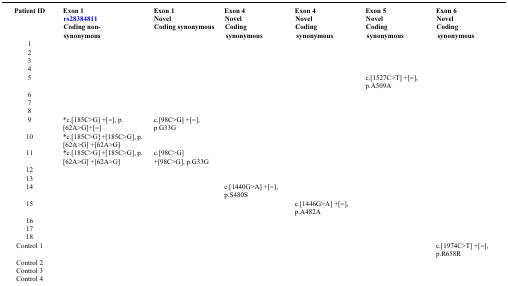
<table><thead><tr><td rowspan="3"><b>Patient ID</b></td><td><b>Exon 1</b></td><td><b>Exon 1</b></td><td><b>Exon 4</b></td><td><b>Exon 4</b></td><td><b>Exon 5</b></td><td><b>Exon 6</b></td></tr><tr><td><b>rs28384811</b></td><td><b>Novel</b></td><td><b>Novel</b></td><td><b>Novel</b></td><td><b>Novel</b></td><td><b>Novel</b></td></tr><tr><td><b>Coding non-synonymous</b></td><td><b>Coding synonymous</b></td><td><b>Coding synonymous</b></td><td><b>Coding synonymous</b></td><td><b>Coding synonymous</b></td><td><b>Coding synonymous</b></td></tr></thead><tbody><tr><td>1</td><td></td><td></td><td></td><td></td><td></td><td></td></tr><tr><td>2</td><td></td><td></td><td></td><td></td><td></td><td></td></tr><tr><td>3</td><td></td><td></td><td></td><td></td><td></td><td></td></tr><tr><td>4</td><td></td><td></td><td></td><td></td><td></td><td></td></tr><tr><td>5</td><td> </td><td> </td><td> </td><td> </td><td>c.[1527C&gt;T] +[=], p.A509A</td><td></td></tr><tr><td>6</td><td></td><td></td><td></td><td></td><td></td><td></td></tr><tr><td>7</td><td></td><td></td><td></td><td></td><td></td><td></td></tr><tr><td>8</td><td></td><td></td><td></td><td></td><td></td><td></td></tr><tr><td>9</td><td>*c.[185C&gt;G] +[=], p.[62A&gt;G]+[=]</td><td>c.[98C&gt;G] +[=], p.G33G</td><td></td><td></td><td></td><td></td></tr><tr><td>10</td><td>*c.[185C&gt;G] +[185C&gt;G], p.[62A&gt;G] +[62A&gt;G]</td><td></td><td></td><td></td><td></td><td></td></tr><tr><td>11</td><td>*c.[185C&gt;G] +[185C&gt;G], p.[62A&gt;G] +[62A&gt;G]</td><td>c.[98C&gt;G] +[98C&gt;G], p.G33G</td><td></td><td></td><td></td><td></td></tr><tr><td>12</td><td></td><td></td><td></td><td></td><td></td><td></td></tr><tr><td>13</td><td></td><td></td><td></td><td></td><td></td><td></td></tr><tr><td>14</td><td> </td><td> </td><td>c.[1440G&gt;A] +[=], p.S480S</td><td></td><td></td><td></td></tr><tr><td>15</td><td> </td><td> </td><td> </td><td>c.[1446G&gt;A] +[=], p.A482A</td><td></td><td></td></tr><tr><td>16</td><td></td><td></td><td></td><td></td><td></td><td></td></tr><tr><td>17</td><td></td><td></td><td></td><td></td><td></td><td></td></tr><tr><td>18</td><td></td><td></td><td></td><td></td><td></td><td></td></tr><tr><td>Control 1</td><td> </td><td> </td><td> </td><td> </td><td> </td><td>c.[1974C&gt;T] +[=], p.R658R</td></tr><tr><td>Control 2</td><td></td><td></td><td></td><td></td><td></td><td></td></tr><tr><td>Control 3</td><td></td><td></td><td></td><td></td><td></td><td></td></tr><tr><td>Control 4</td><td></td><td></td><td></td><td></td><td></td><td></td></tr></tbody></table>